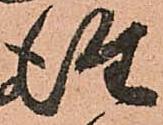
往